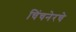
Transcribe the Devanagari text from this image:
चिंचनेरचे